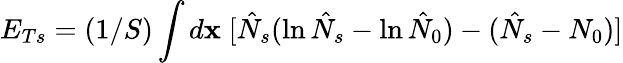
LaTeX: E_{Ts}=(1/S)\int d{\mathbf x}\; [\hat{N}_{s}(\ln\hat{N}_{s}-\ln\hat{N}_{0})-(\hat{N}_{s}-N_{0})]